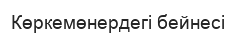
Көркемөнердегі бейнесі